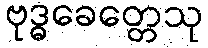
ဗုဒ္ဓခေတ္တေသု